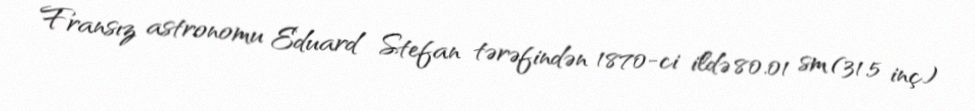
Fransız astronomu Eduard Stefan tərəfindən 1870-ci ildə 80.01 sm (31.5 inç)